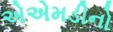
એએમડીનો